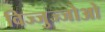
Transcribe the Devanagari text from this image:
विज्जुज्जोओ